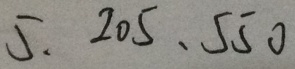
5 . 2 0 5 、 5 5 0